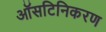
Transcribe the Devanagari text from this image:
ऑसटिनिकरण